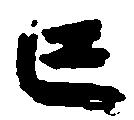
亡